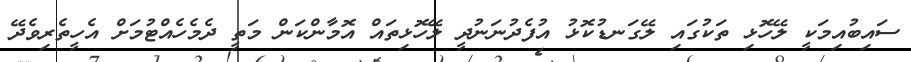
ސައިބުއިމަކީ ލޭހޮޅި ތަކުގައި ލޭގަނޑުކޮޅު އުފެދުނަނުދީ ލޭހޮޅިތައް އޮމާންކަން މަތީ ދެމެހެއްޓުމަށް އެހީތެރިވެދޭ